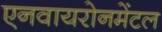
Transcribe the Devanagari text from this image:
एनवायरोनमेंटल